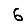
Digit: 6